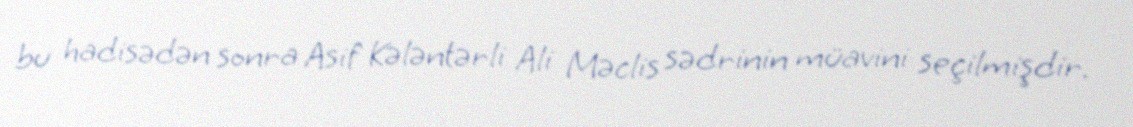
bu hadisədən sonra Asif Kələntərli Ali Məclis sədrinin müavini seçilmişdir.